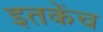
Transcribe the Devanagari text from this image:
इतकेंच